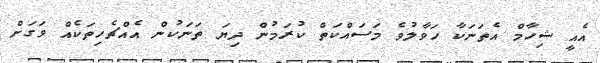
އެއީ ޝިހާމް އެތަނަކާ ހަވާލުވެ މަސައްކަތް ކުރަމުން ދިޔަ ތަނަކުން އެއްޗެހިތަކެއް ވަގަށް